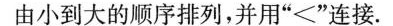
由小到大的顺序排列，并用”<”连接.